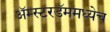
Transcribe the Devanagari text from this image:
अॅम्स्टरडॅममध्येच